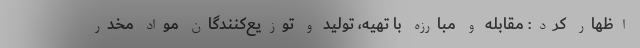
اظهار کرد: مقابله و مبارزه با تهیه، تولید و توزیع‌کنندگان مواد مخدر